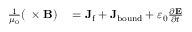
\begin{array} { r l } { { \frac { 1 } { \mu _ { 0 } } } ( \mathbf { \nabla } \times \mathbf { B } ) } & { { } = \mathbf { J } _ { \mathrm { f } } + \mathbf { J } _ { \mathrm { b o u n d } } + \varepsilon _ { 0 } { \frac { \partial \mathbf { E } } { \partial t } } } \end{array}